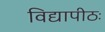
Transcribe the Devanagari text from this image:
विद्यापीठः